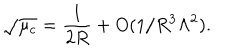
\sqrt { \mu _ { c } } = { \frac { 1 } { 2 R } } + O ( 1 / R ^ { 3 } \Lambda ^ { 2 } ) .